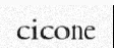
cicone